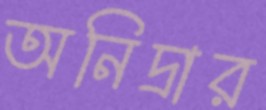
অনিদ্রার